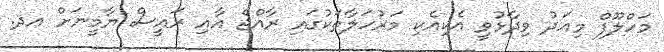
މަހްލޫފް މިއަދު ވިދާޅުވީ އެކިއެކި މަރުހަލާތަކުގައި ރާއްޖެ އާއި ރައީސް ޔާމީނަށް އދ.